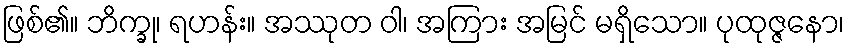
ဖြစ်၏။ ဘိက္ခု၊ ရဟန်း။ အဿုတ ဝါ၊ အကြား အမြင် မရှိသော။ ပုထုဇ္ဇနော၊